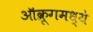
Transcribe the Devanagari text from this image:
ऑक्रूगमध्ये